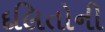
દલિતોની